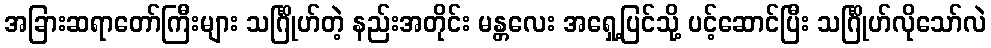
အခြားဆရာတော်ကြီးများ သင်္ဂြိုဟ်တဲ့ နည်းအတိုင်း မန္တလေး အရှေ့ပြင်သို့ ပင့်ဆောင်ပြီး သင်္ဂြိုဟ်လိုသော်လဲ